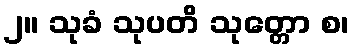
၂။ သုခံ သုပတိ သုတ္တော စ၊